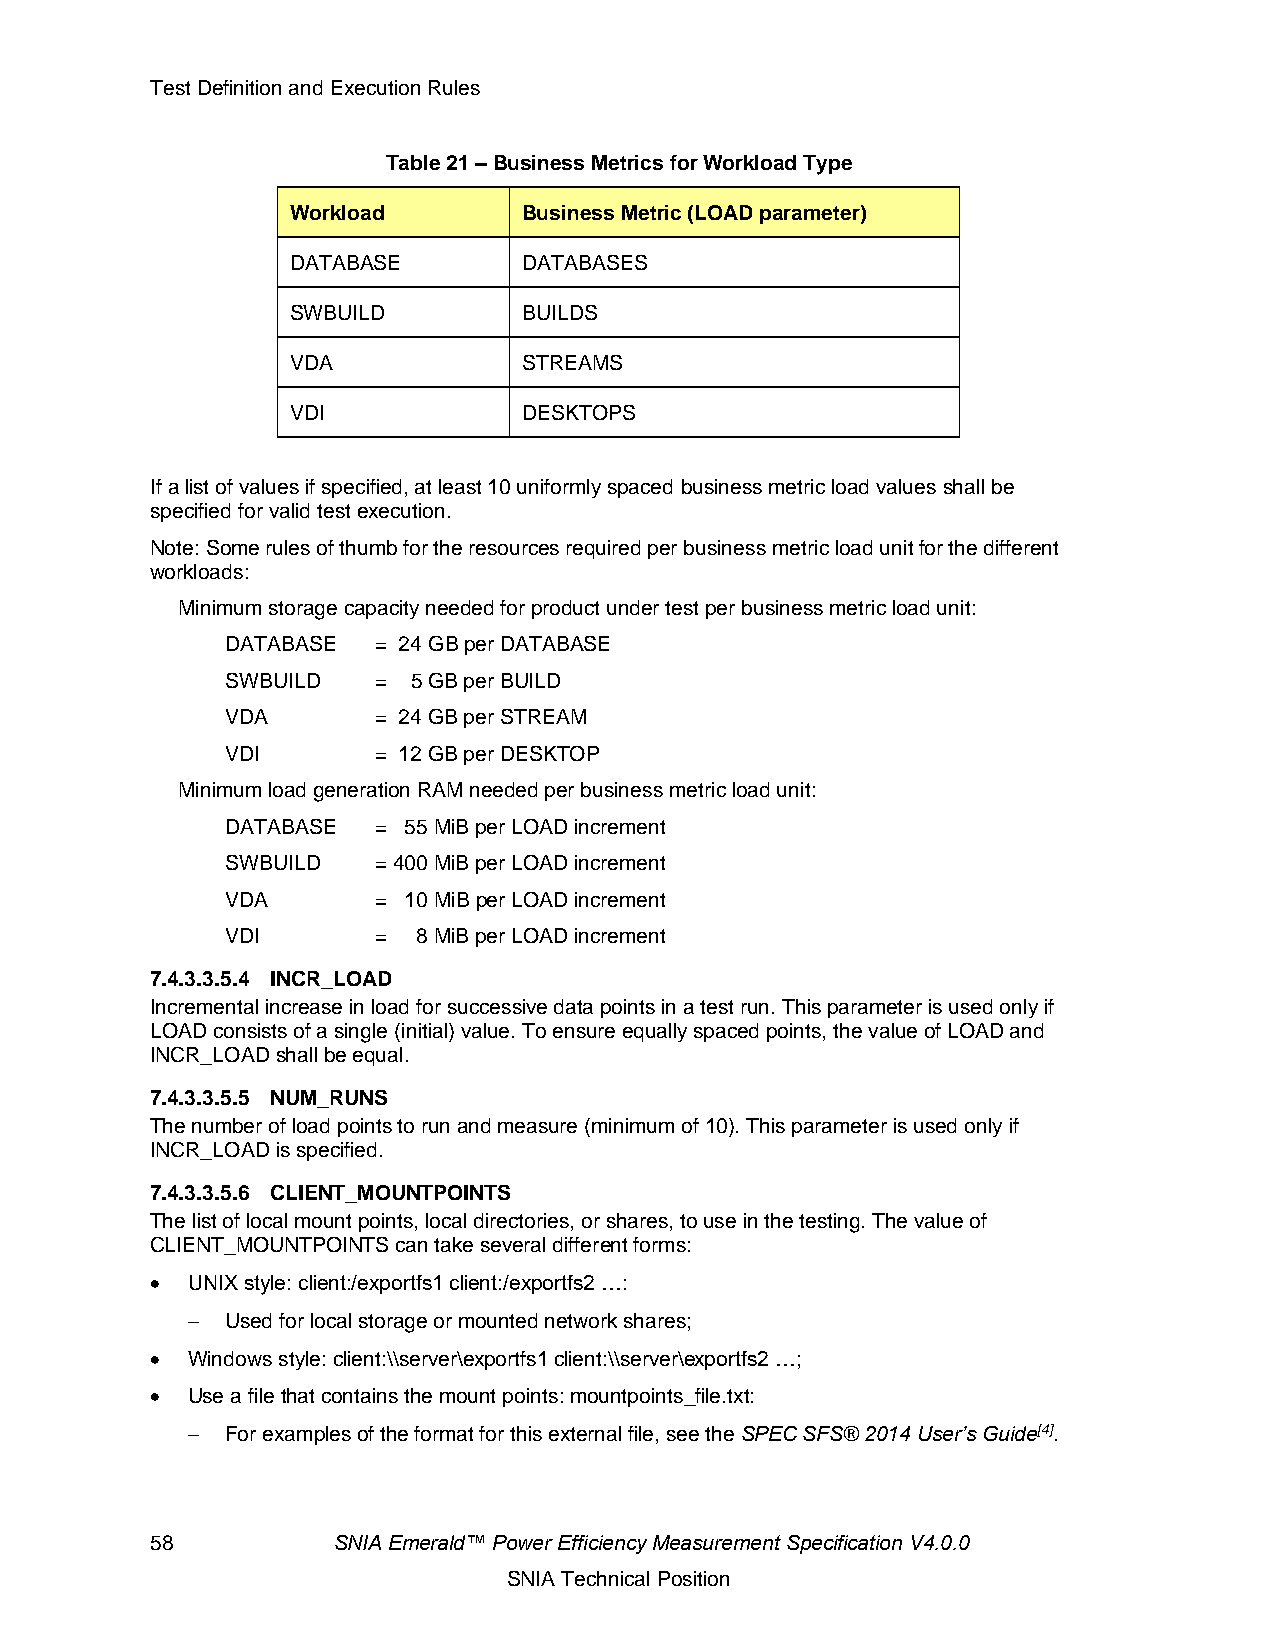
Test Definition and Execution Rules
 Table 21 – Business Metrics for Workload Type
 Workload        Business Metric (LOAD parameter)
 DATABASE        DATABASES
 SWBUILD         BUILDS
 VDA             STREAMS
 VDI             DESKTOPS
 If a list of values if specified, at least 10 uniformly spaced business metric load values shall be
 specified for valid test execution.
 Note: Some rules of thumb for the resources required per business metric load unit for the different
 workloads:
 Minimum storage capacity needed for product under test per business metric load unit:
 DATABASE  = 24 GB per DATABASE
 SWBUILD   = 5 GB per BUILD
 VDA       = 24 GB per STREAM
 VDI       = 12 GB per DESKTOP
 Minimum load generation RAM needed per business metric load unit:
 DATABASE  = 55 MiB per LOAD increment
 SWBUILD   = 400 MiB per LOAD increment
 VDA       = 10 MiB per LOAD increment
 VDI       =  8 MiB per LOAD increment
 7.4.3.3.5.4 INCR_LOAD
 Incremental increase in load for successive data points in a test run. This parameter is used only if
 LOAD consists of a single (initial) value. To ensure equally spaced points, the value of LOAD and
 INCR_LOAD shall be equal.
 7.4.3.3.5.5 NUM_RUNS
 The number of load points to run and measure (minimum of 10). This parameter is used only if
 INCR_LOAD is specified.
 7.4.3.3.5.6 CLIENT_MOUNTPOINTS
 The list of local mount points, local directories, or shares, to use in the testing. The value of
 CLIENT_MOUNTPOINTS can take several different forms:
 • UNIX style: client:/exportfs1 client:/exportfs2 …:
 −  Used for local storage or mounted network shares;
 • Windows style: client:\\server\exportfs1 client:\\server\exportfs2 …;
 • Use a file that contains the mount points: mountpoints_file.txt:
 −  For examples of the format for this external file, see the SPEC SFS® 2014 User’s Guide[4].
 58          SNIA Emerald™ Power Efficiency Measurement Specification V4.0.0
 SNIA Technical Position